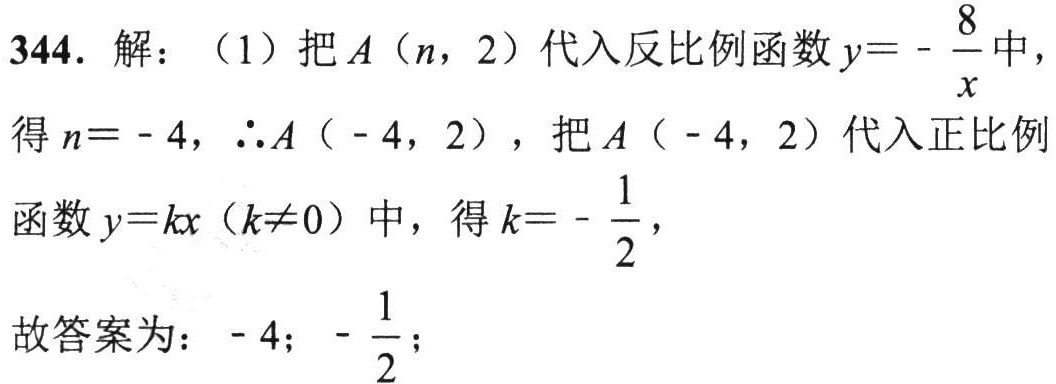
344. 解：（1）把\(A(n,2)\)代入反比例函数\(y = -\frac{8}{x}\)中，

得\(n = - 4\)，\(\therefore A(-4,2)\)，把\(A(-4,2)\)代入正比例

函数\(y = kx(k\neq0)\)中，得\(k = -\frac{1}{2}\)，

故答案为：\(- 4\)；\(-\frac{1}{2}\)；